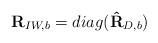
LaTeX: \begin{align*}\mathbf{R}_{IW,b}=diag(\mathbf{\hat{R}}_{D,b})\end{align*}